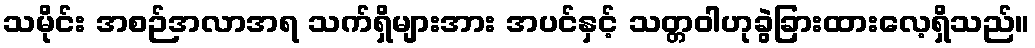
သမိုင်း အစဉ်အလာအရ သက်ရှိများအား အပင်နှင့် သတ္တဝါဟုခွဲခြားထားလေ့ရှိသည်။